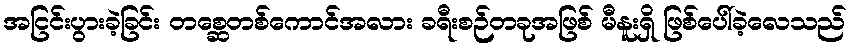
အငြင်းပွားခဲ့ခြင်း တစ္ဆေတစ်ကောင်အလား ခရီးစဉ်တခုအဖြစ် မီနူးရှိ ဖြစ်ပေါ်ခဲ့လေသည်